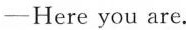
-Here you are